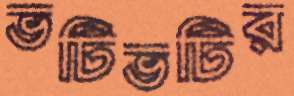
ভটিভটির